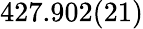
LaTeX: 427.902(21)